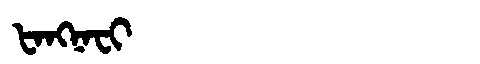
Manchu: ᡶᠠᠩᠨᠠᠸᡳ
Romanization: FANGNAFI